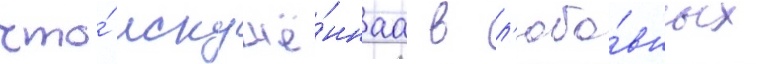
что́ искушё́ннаа в л'юбо́вных